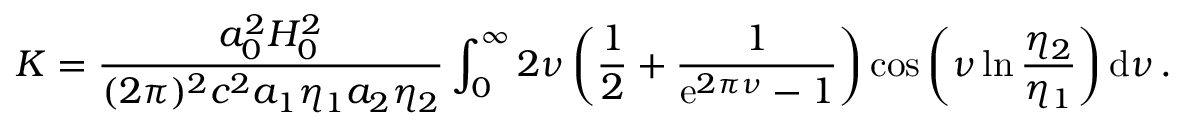
K = \frac { a _ { 0 } ^ { 2 } H _ { 0 } ^ { 2 } } { ( 2 \pi ) ^ { 2 } c ^ { 2 } a _ { 1 } \eta _ { 1 } a _ { 2 } \eta _ { 2 } } \int _ { 0 } ^ { \infty } 2 \nu \left( \frac { 1 } { 2 } + \frac { 1 } { \mathrm { e } ^ { 2 \pi \nu } - 1 } \right) \cos \left( \nu \ln \frac { \eta _ { 2 } } { \eta _ { 1 } } \right) \mathrm { d } \nu \, .